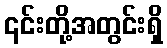
၎င်းတို့အတွင်းရှိ